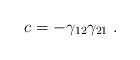
LaTeX: \begin{align*}c = -\gamma_{12} \gamma_{21} \;.\end{align*}